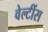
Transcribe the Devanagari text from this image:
वेल्टींस